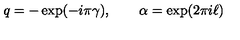
q = - \exp ( - i \pi \gamma ) , \qquad \alpha = \exp ( 2 \pi i \ell )